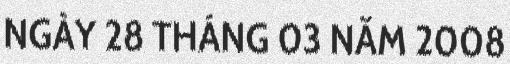
NGÀY 28 THÁNG 03 NĂM 2008